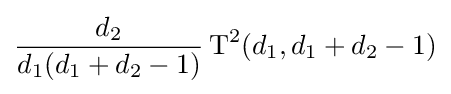
{\frac {d_{2}}{d_{1}(d_{1}+d_{2}-1)}}\operatorname {T} ^{2}(d_{1},d_{1}+d_{2}-1)